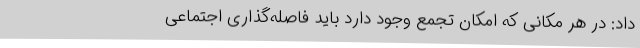
داد: در هر مکانی که امکان تجمع وجود دارد باید فاصله‌گذاری اجتماعی